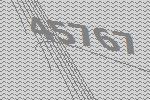
45767